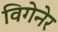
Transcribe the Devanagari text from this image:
विगेनेर